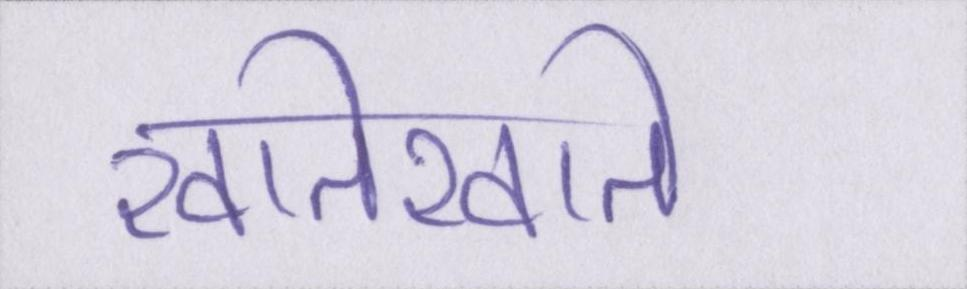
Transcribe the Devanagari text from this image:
खातेखाते